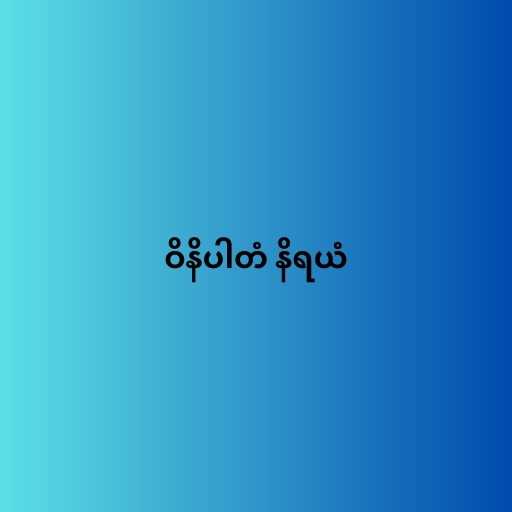
ဝိနိပါတံ နိရယံ